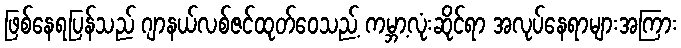
ဖြစ်နေရပြန်သည် ဂျာနယ်လစ်ဇင်ထုတ်ဝေသည့် ကမ္ဘာ့လုံးဆိုင်ရာ အလုပ်နေရာများအကြား